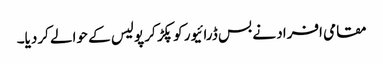
مقامی افراد نے بس ڈرائیور کو پکڑ کر پولیس کے حوالے کردیا۔